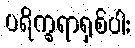
ပရိက္ခရာရှစ်ပါး